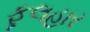
ફૂલહાર